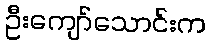
ဦးကျော်သောင်းက